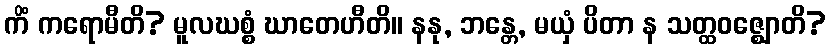
ကိံ ကရောမီတိ? မူလဃစ္စံ ဃာတေဟီတိ။ နနု, ဘန္တေ, မယှံ ပိတာ န သတ္ထဝဇ္ဈောတိ?